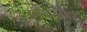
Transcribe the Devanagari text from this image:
लैपलैंडर